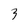
Character: 3